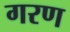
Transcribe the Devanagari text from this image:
गरण